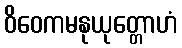
ဝိဝေကမနုယုတ္တောဟံ